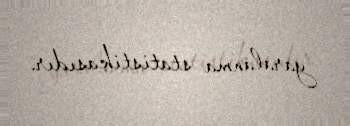
yaralanma statistikasıdır.